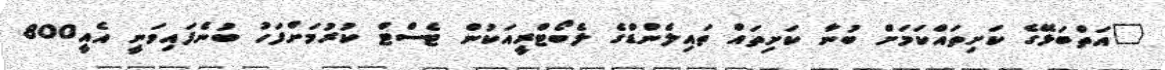
"އަތްބަޅޭގެ ކަށިތައްކަމަށް ބުނާ ކަށިތައް ތައިލެންޑްގެ ލެބޯޓްރީއަކުން ޓެސްޓް ކުރުމަށްފަހު ބުނެފައިވަނީ އެއީ800